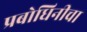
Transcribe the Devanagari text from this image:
प्रबोधिनीचा